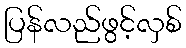
ပြန်လည်ဖွင့်လှစ်